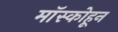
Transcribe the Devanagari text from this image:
मॉस्कोहून